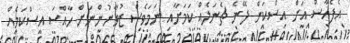
އެފެއާސް އަށް އިސްކަން ދޭނެ ޗެނަލެއް ކަމަށާއި ނަމަވެސް ޒުވާނުންނަށް ހާއްސަ އިސްކަމެއް